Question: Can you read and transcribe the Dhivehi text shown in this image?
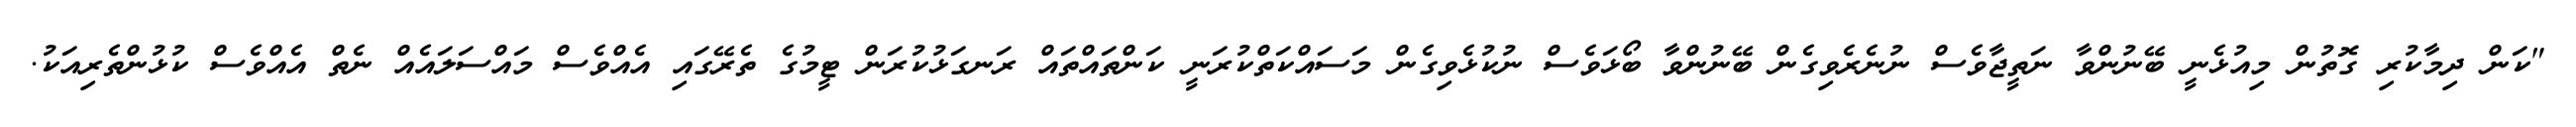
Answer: "ކަން ދިމާކުރި ގޮތުން މިއުޅެނީ ބޭނުންވާ ނަތީޖާވެސް ނުނެރެވިގެން ބޭނުންވާ ބޯޅަވެސް ނުކުޅެވިގެން މަސައްކަތްކުރަނީ ކަންތައްތައް ރަނގަޅުކުރަން ޓީމުގެ ތެރޭގައި އެއްވެސް މައްސަލައެއް ނެތް އެއްވެސް ކުޅުންތެރިއަކު.